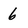
Character: 6